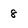
Character: 8